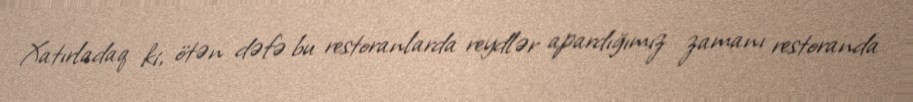
Xatırladaq ki, ötən dəfə bu restoranlarda reydlər apardığımız zamanı restoranda